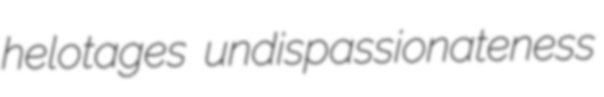
helotages undispassionateness